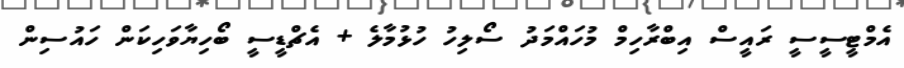
އެމްޓީސީސީ ރައީސް އިބްރާހިމް މުހައްމަދު ސޯލިހު ހުޅުމާލެ + އެޗްޑީސީ ބޯހިޔާވަހިކަން ހައުސިން